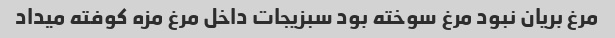
مرغ بریان نبود مرغ سوخته بود سبزیجات داخل مرغ مزه کوفته میداد